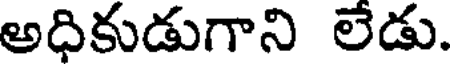
అధికుడుగాని లేడు.